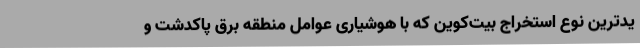
یدترین نوع استخراج بیت‌کوین که با هوشیاری عوامل منطقه برق پاکدشت و